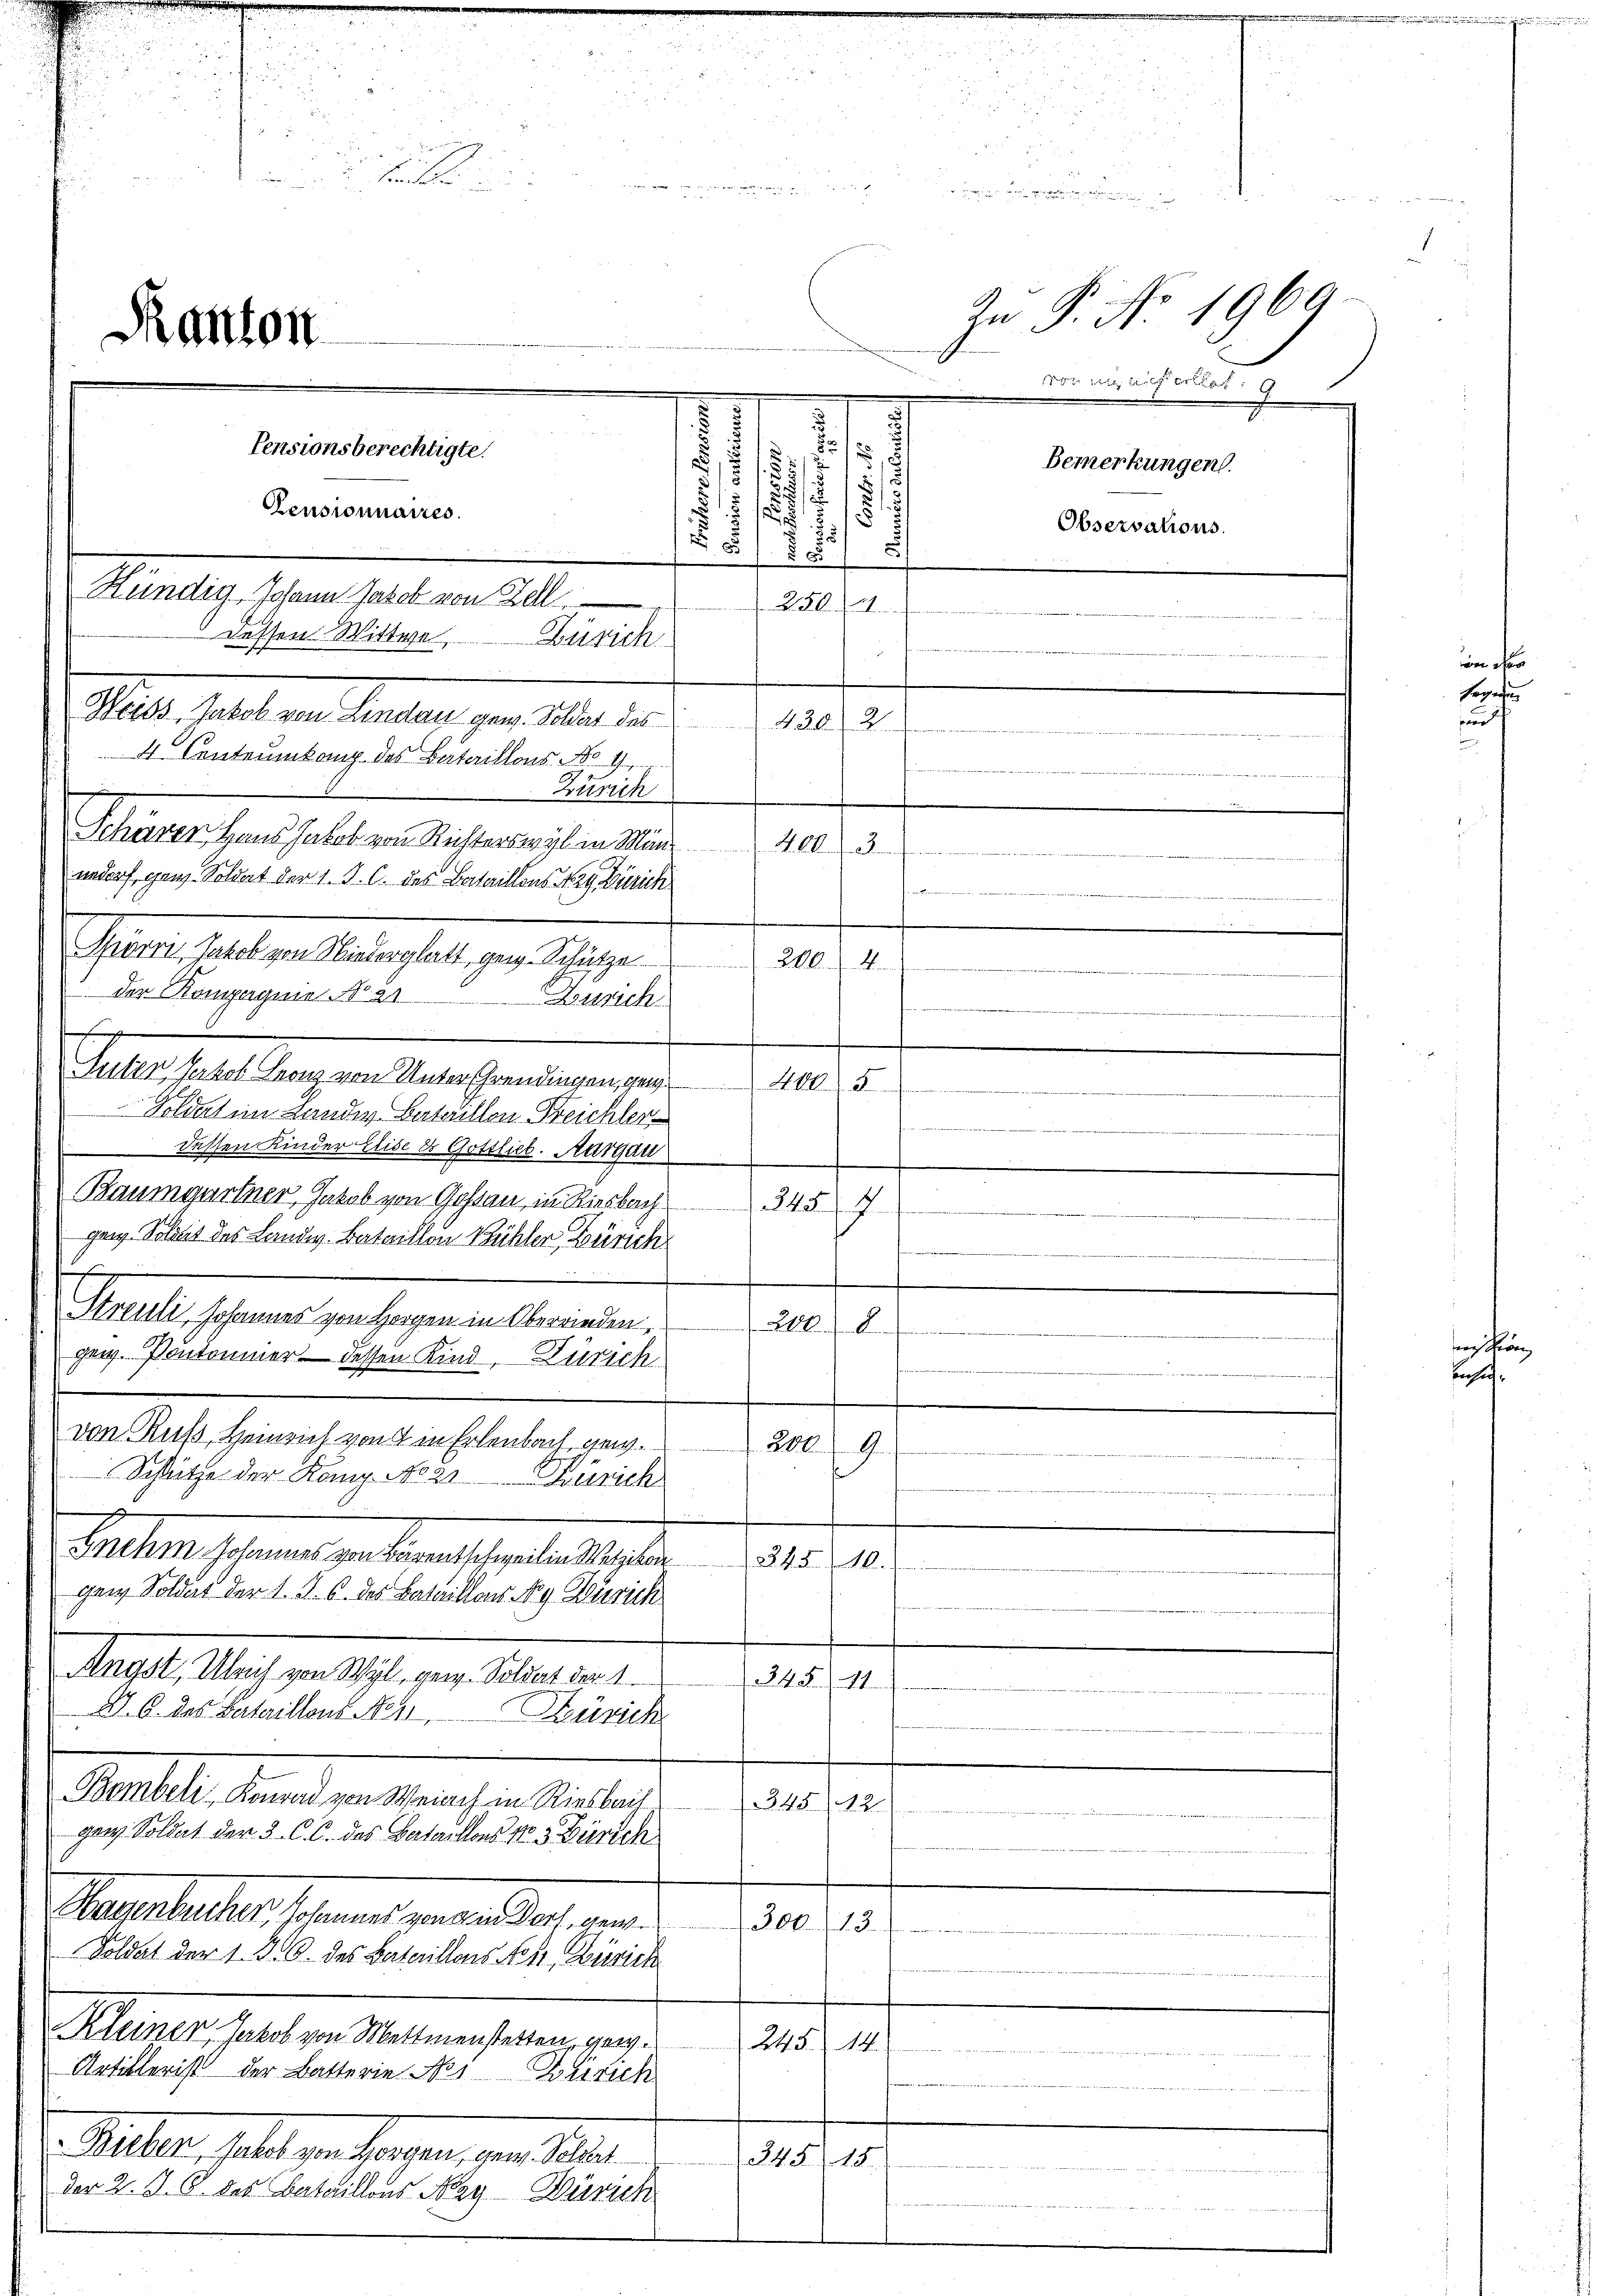
.
u
u
i
.

d

u

Zn P. No. 1969
von mir auch erlet. G
.
Pensionsberechtigte.
15.
5
Bemerkungen.
d
s
.
§ 15 f
Censionnaires.
.
¬
Observations.
5
85/ 85
u
Kündig Johann Jakob von Zell
250. 21.
u
dessen Wittwe. Zürich
Mal. Mts. in derselbe gern aber 190.
430. 2.
4 Centeumbang des Bataillons No 4.
i
Zürich
Schärer Hans Jakob von Richterswyl in Min
mta
nndorf gen. Soldat der 1. J. C. des Bataillons Nag Zürich
Sparri, Jakob von Wiederglatt gen. Schütze 2004
 der Kompagnie No 21
Bersich
Setteshalt lauten Marechendenen ein
mto
Soldert im Lande. Bataillon Freichler
dessen Kinder Elise es Gottlieb. Aargau
Baumgartner, Jakob von Goßau in Riesbach 345
gen. Solonis des Landw. Bataillon Bühler, Zürich

Kanton

x

Streuli, Johannes von Horgen in Oberrieden.
gew. Pontommer dessen Kind, Zürich
von Ruß, Heinrich von in Erlenbach gew.
200.
9.
Schütze der König No 2. Zürich
Peter sehenen zu bereits anstaltlichen
A in immen
gen Soldat der 1. J. B. des Bataillons Nog Zürich
Mag. Nach zu acht gene Ratharina
34511.
A. 6. das Bataillons No 11
Zürich
Bombeli, Konrad von Weiach in Riesbeit
345
12
gen Soldat der 3. C. C. des Bataillons pr 3 Zürich
Vereiteres scheint einer das ver
3.12.
Soldat der 1. 36 des Bataillons Not. Zürich
Kleiner Jakob von Mettmenstetten, gew.
245. 14.
Artillerist der Batterie Nes Zürich
M. leer, saltigen fragen, der das
345. 15.
der 2. J. G. des Bataillons Nay Zürich

2

e
per

u

fege